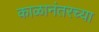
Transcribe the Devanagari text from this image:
काळानंतरच्या